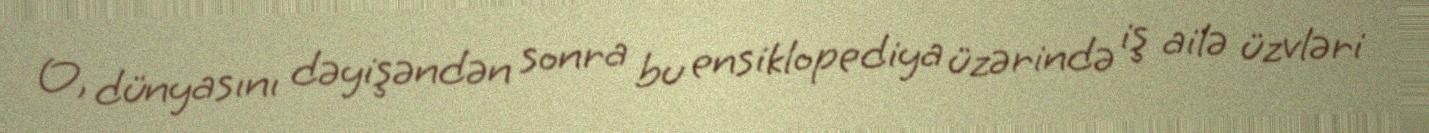
O, dünyasını dəyişəndən sonra bu ensiklopediya üzərində iş ailə üzvləri